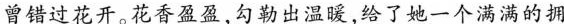
曾错过花开。花香盈盈，勾勒出温暖，给了她一个满满的拥